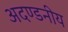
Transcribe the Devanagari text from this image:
अदण्डनीय